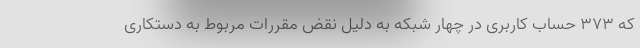
که ۳۷۳ حساب کاربری در چهار شبکه به دلیل نقض مقررات مربوط به دستکاری